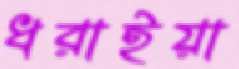
ধরাইয়া